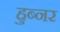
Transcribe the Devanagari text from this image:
हुब्नर